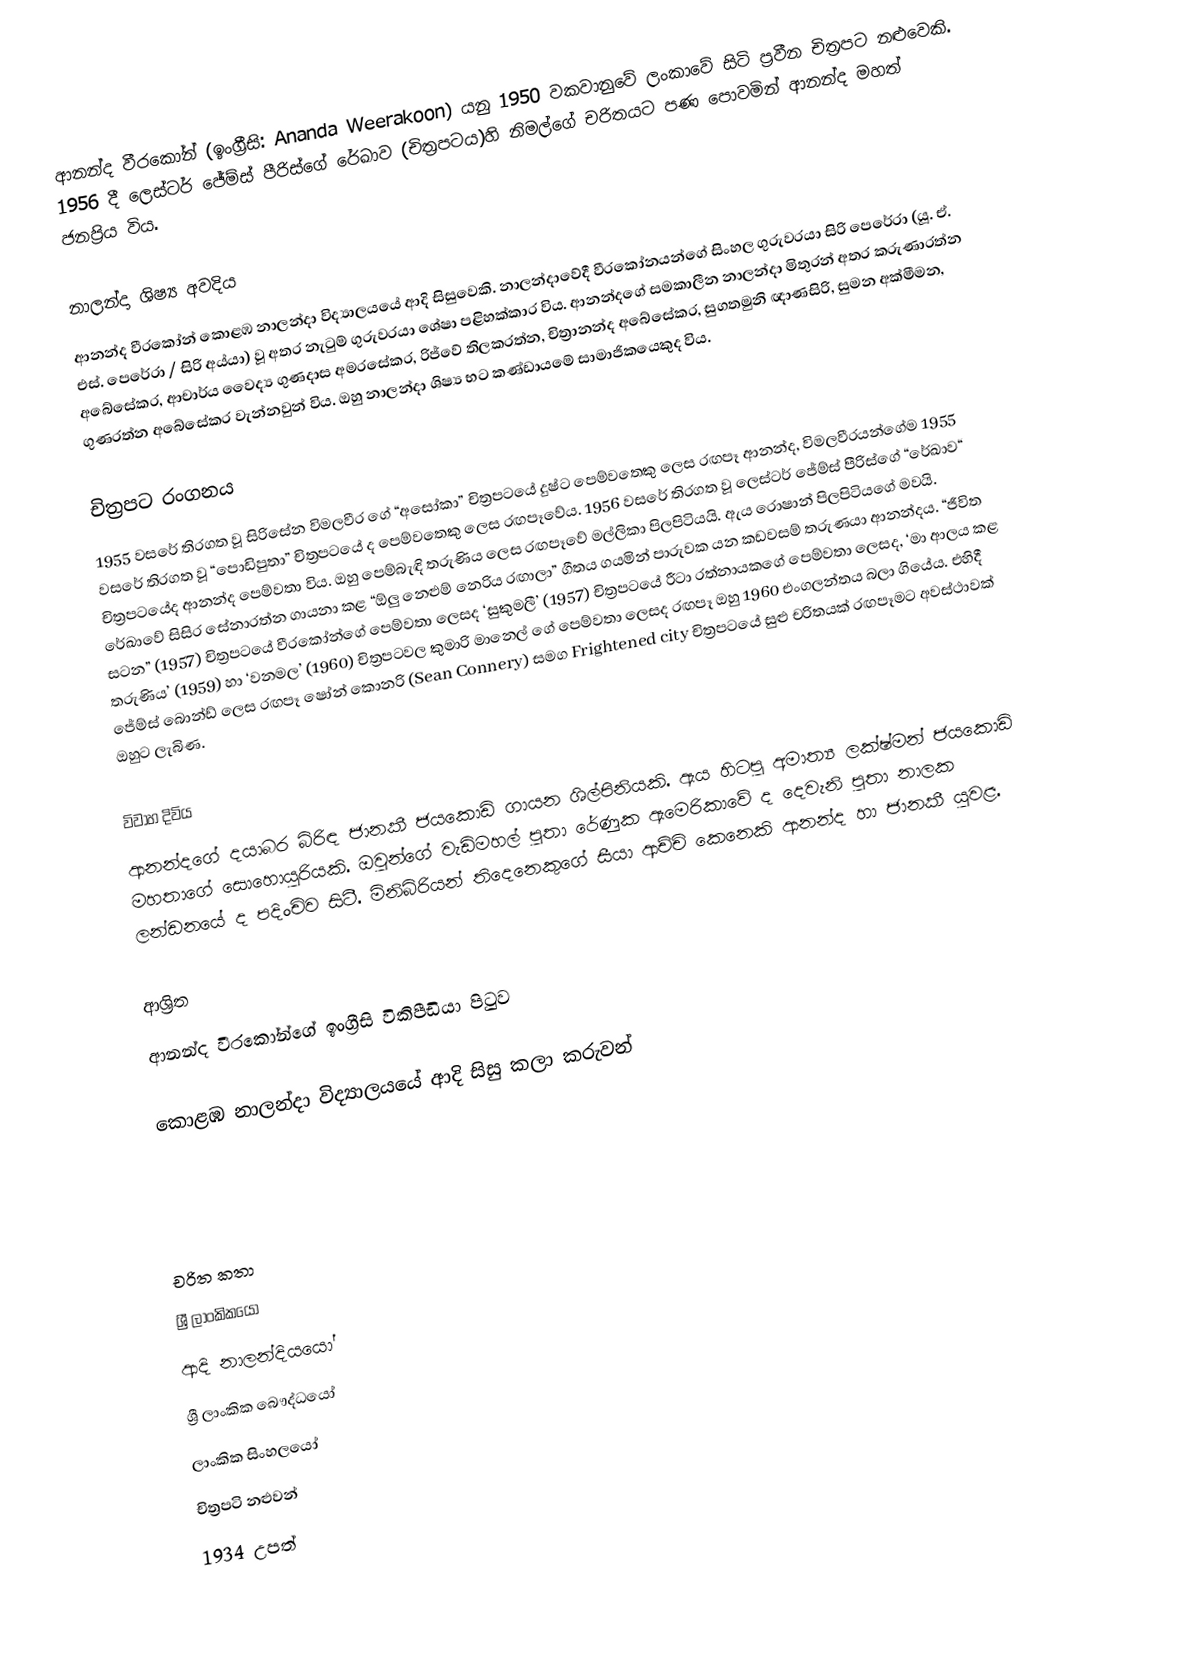
ආනන්ද වීරකෝන් (ඉංග්‍රීසි: Ananda Weerakoon) යනු  1950 වකවානුවේ ලංකාවේ සිටි ප්‍රවීන චිත්‍රපට නළුවෙකි. 1956 දී ලෙස්ටර් ජේම්ස් පීරිස්ගේ රේඛාව (චිත්‍රපටය)හි නිමල්ගේ චරිතයට පණ පොවමින් ආනන්ද මහත් ජනප්‍රිය විය.

නාලන්දා ශිෂ්‍ය අවදිය
ආනන්ද වීරකෝන්  කොළඹ නාලන්දා විද්‍යාලයයේ ආදි සිසුවෙකි.  නාලන්දාවේදී වීරකෝනයන්ගේ සිංහල ගුරුවරයා සිරි පෙරේරා (යූ. ඒ. එස්‌. පෙරේරා / සිරි අය්යා) වූ අතර නැටුම් ගුරුවරයා ශේෂා පළිහක්කාර විය. ආනන්දගේ සමකාලීන නාලන්දා මිතුරන් අතර කරුණාරත්න අබේසේකර, ආචාර්ය වෛද්‍ය ගුණදාස අමරසේකර, රිජ්වේ තිලකරත්න, චිත්‍රානන්ද අබේසේකර, සුගතමුනි ඥාණසිරි, සුමන අක්මීමන, ගුණරත්න අබේසේකර වැන්නවුන් විය. ඔහු නාලන්දා ශිෂ්‍ය භට කණ්ඩායමේ සාමාජිකයෙකුද විය.

චිත්‍රපට රංගනය
1955 වසරේ තිරගත වූ සිරිසේන විමලවීර ගේ “අසෝකා” චිත්‍රපටයේ දුෂ්ට පෙම්වතෙකු ලෙස රඟපෑ ආනන්ද, විමලවීරයන්ගේම 1955 වසරේ තිරගත වූ “‍පොඩිපුතා” චිත්‍රපටයේ ද පෙම්වතෙකු ලෙස රඟපෑවේය. 1956 වසරේ තිරගත වූ ලෙස්ටර් ජේම්ස් පීරිස්ගේ “රේඛාව“ චිත්‍රපටයේද ආනන්ද පෙම්වතා විය. ඔහු පෙම්බැඳි තරුණිය ලෙස රඟපෑවේ මල්ලිකා පිලපිටියයි. ඇය රොෂාන් පිලපිටියගේ මවයි. රේඛාවේ සිසිර සේනාරත්න ගායනා කළ “ඕලු නෙළුම් නෙරිය රඟාලා” ගීතය ගයමින් පාරුවක යන කඩවසම් තරුණයා ආනන්දය. “ජීවිත සටන” (1957) චිත්‍රපටයේ වීරකෝන්ගේ පෙම්වතා ලෙසද ‘සුකුමලී’ (1957) චිත්‍රපටයේ රීටා රත්නායකගේ පෙම්වතා ලෙසද, ‘මා ආලය කළ තරුණිය’ (1959) හා ‘වනමල’ (1960) චිත්‍රපටවල කුමාරි මානෙල් ගේ පෙම්වතා ලෙසද රඟපෑ ඔහු 1960 එංගලන්තය බලා ගියේය. එහිදී ජේම්ස් බොන්ඩ් ලෙස රඟපෑ ෂෝන් කොනරි (Sean Connery) සමග Frightened city චිත්‍රපටයේ සුළු චරිතයක් රඟපෑමට අවස්ථාවක් ඔහුට ලැබිණ.

විවාහ දිවිය
ආනන්දගේ දයාබර බිරිඳ ජානකී ජයකොඩි ගායන ශිල්පිනියකි. ඇය හිටපු අමාත්‍ය ලක්ෂ්මන් ජයකොඩි මහතාගේ සොහොයුරියකි. ඔවුන්ගේ වැඩිමහල් පුතා රේණුක ඇමෙරිකාවේ ද දෙවැනි පුතා නාලක ලන්ඩනයේ ද පදිංචිව සිටී. මිනිබිරියන් තිදෙනෙකුගේ සීයා ආච්චි කෙනෙකි ආනන්ද හා ජානකී යුවළ.

ආශ්‍රිත
  ආනන්ද වීරකෝන්ගේ ඉංග්‍රීසි විකිපීඩියා පිටුව

 කොළඹ නාලන්දා විද්‍යාලයයේ ආදි සිසු කලා කරුවන්

චරිත කතා
ශ්‍රී ලාංකිකයෝ
ආදි නාලන්දියයෝ
ශ්‍රී ලාංකික බෞද්ධයෝ
ලාංකික සිංහලයෝ
චිත්‍රපටි නළුවන්
1934 උපත්